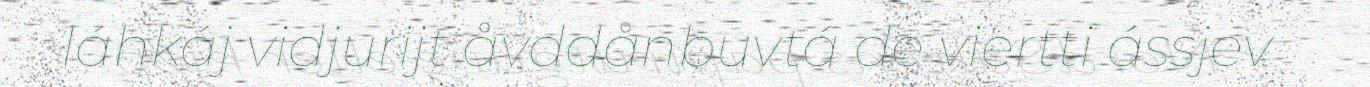
láhkáj vidjurijt åvddånbuvtá de viertti ássjev